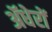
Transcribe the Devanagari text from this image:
ॲधेरों